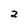
Character: 2